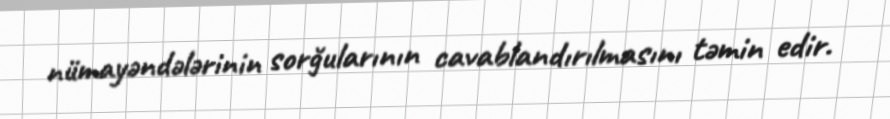
nümayəndələrinin sorğularının cavablandırılmasını təmin edir.